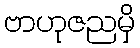
ဗာဟုဇညမှိ